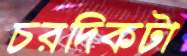
চরদিকটা